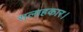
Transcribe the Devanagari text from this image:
सलाहकार।